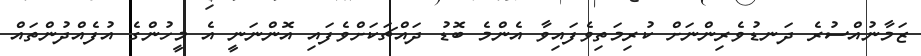
ޒަމާނުއްސުރެ ދަނޑުވެރިންނަށް ކުރިމަތިވެފައިވާ އެންމެ ބޮޑު ދައްޗަކަށްވެފައި އޮންނަނީ އެ މީހުންގެ އުފެއްދުންތައް